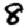
Digit: 8